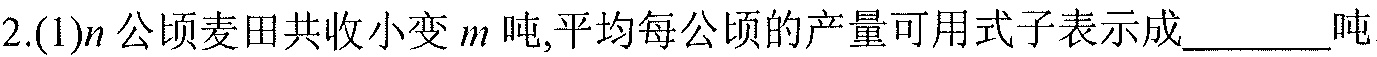
2.(1)\(n\)公顷麦田共收小麦\(m\)吨,平均每公顷的产量可用式子表示成______吨